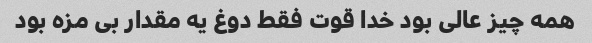
همه چیز عالی بود خدا قوت فقط دوغ یه مقدار بی مزه بود